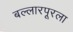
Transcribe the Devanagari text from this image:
बल्लारपूरला